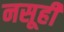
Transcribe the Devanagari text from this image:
नसूही